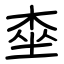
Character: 桽